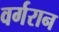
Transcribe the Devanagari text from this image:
वर्गरान